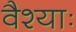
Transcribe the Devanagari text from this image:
वैश्याः